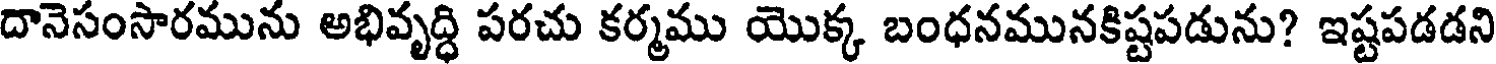
దానెసంసారమును అభివృద్ధి పరచు కర్మము యొక్క బంధనమునకిష్టపడును? ఇష్టపడడని